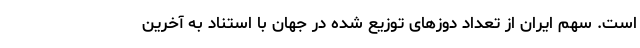
است. سهم ایران از تعداد دوزهای توزیع شده در جهان با استناد به آخرین